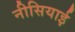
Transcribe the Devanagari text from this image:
नीसियाई